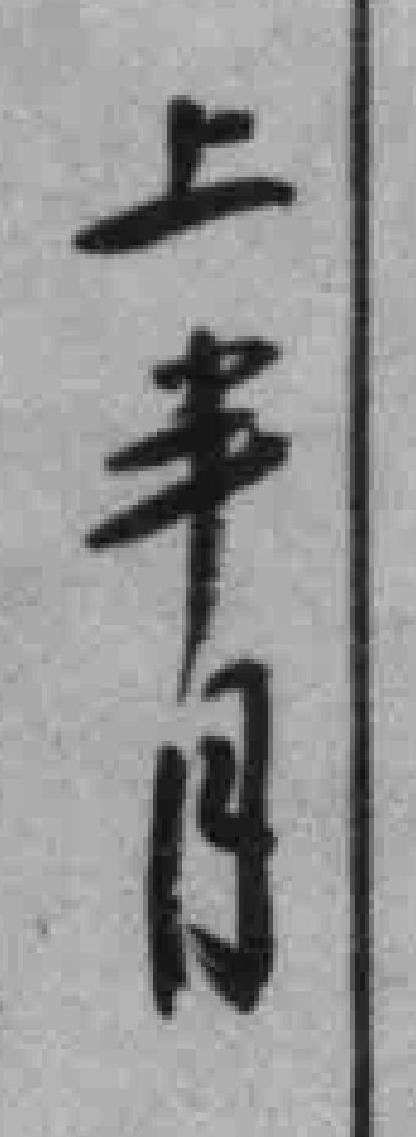
上半月